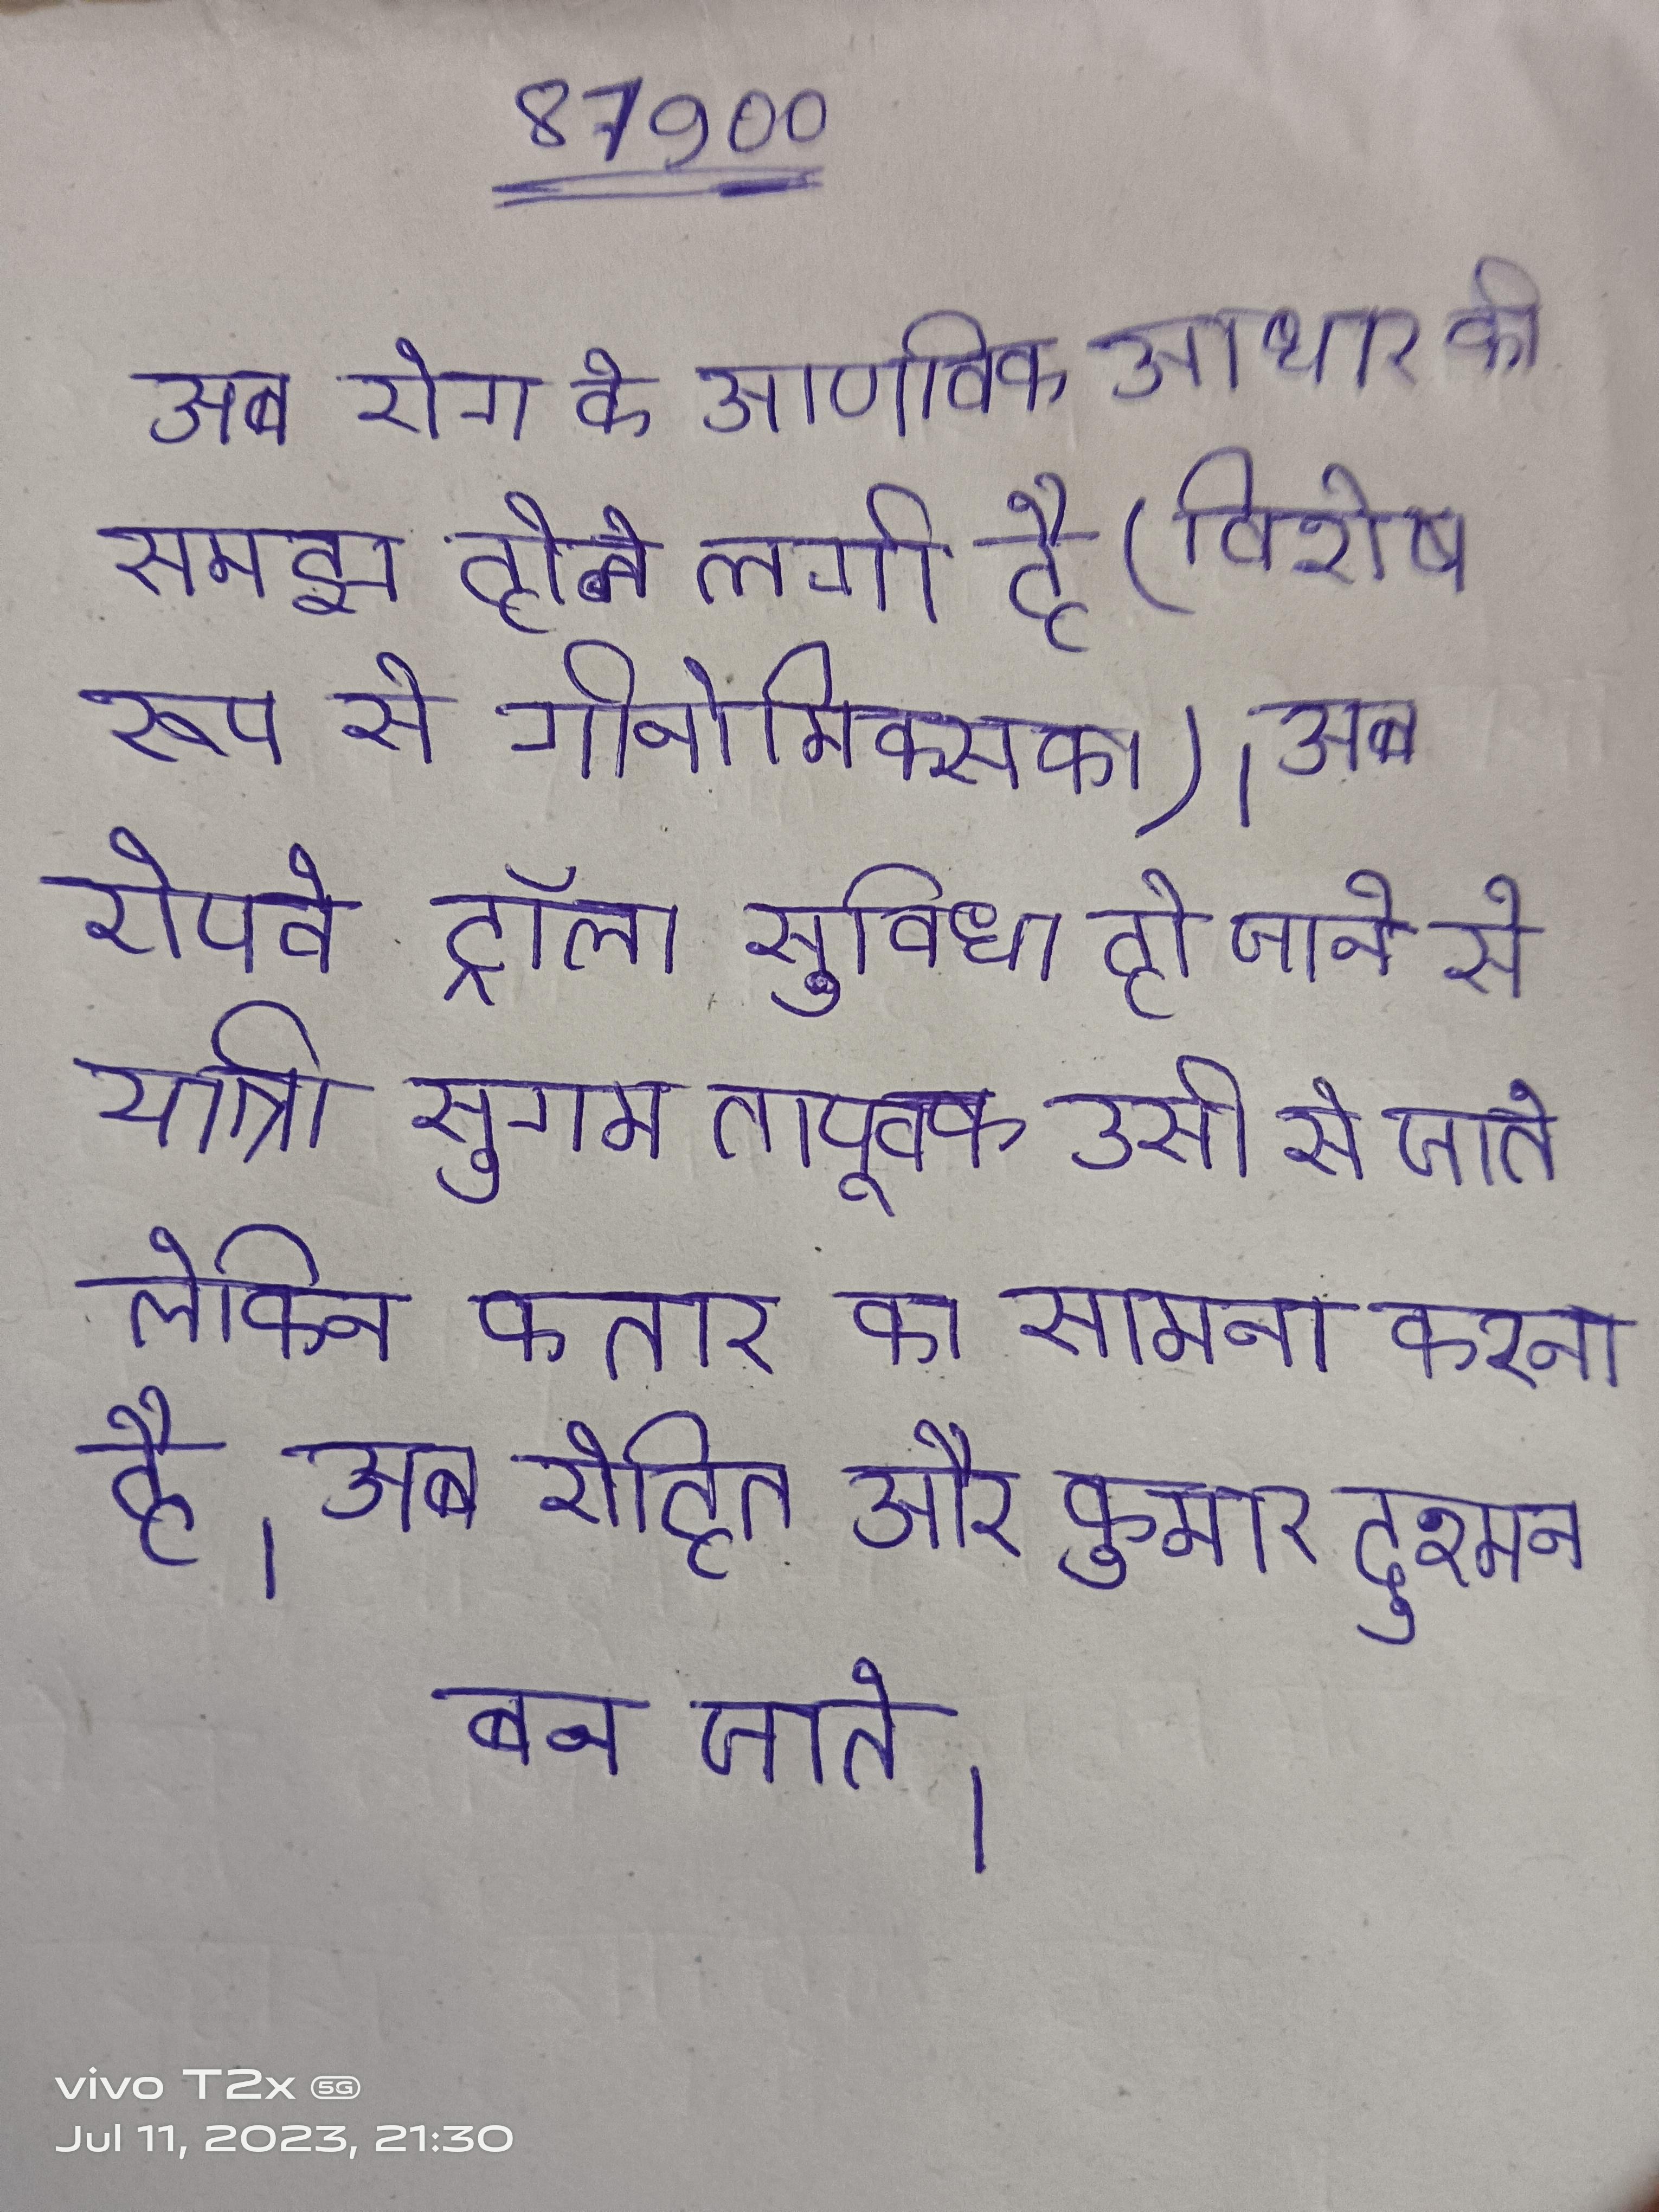
अब रोग के आणविक आधार की समझ होने लगी है (विशेष रूप से गीनोमिक्स का) । अब रोपवे ट्राॅली सुविधा हो जाने से यात्री सुगमतापूर्वक उसी से जाते लेकिन कतार का सामना करना है । अब रोहित और कुमार दुश्मन बन जाते ।